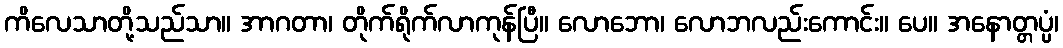
ကိလေသာတို့သည်သာ။ အာဂတာ၊ တိုက်ရိုက်လာကုန်ပြီ။ လောဘော၊ လောဘလည်းကောင်း။ ပေ။ အနောတ္တပ္ပံ၊